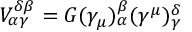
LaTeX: V _ { \alpha \gamma } ^ { \delta \beta } = G ( \gamma _ { \mu } ) _ { \alpha } ^ { \beta } ( \gamma ^ { \mu } ) _ { \gamma } ^ { \delta }